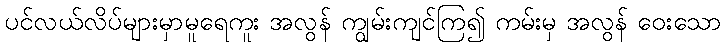
ပင်လယ်လိပ်များမှာမူရေကူး အလွန် ကျွမ်းကျင်ကြ၍ ကမ်းမှ အလွန် ဝေးသော